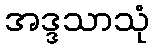
အဒ္ဒသာသုံ